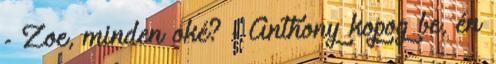
- Zoe, minden oké? - Anthony kopog be, én